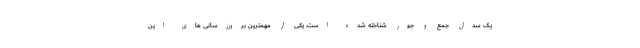
یک سدان جمع و جور شناخته شده است. یکی از مهمترین بروزرسانی های این